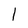
Character: l